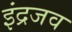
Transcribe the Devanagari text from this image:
इंद्रजव